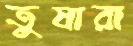
তুষারা